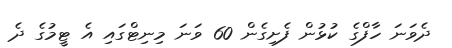
ދެވަނަ ހާފްގެ ކުޅުން ފެށިގެން 60 ވަނަ މިނިޓްގައި އެ ޓީމުގެ ދެ